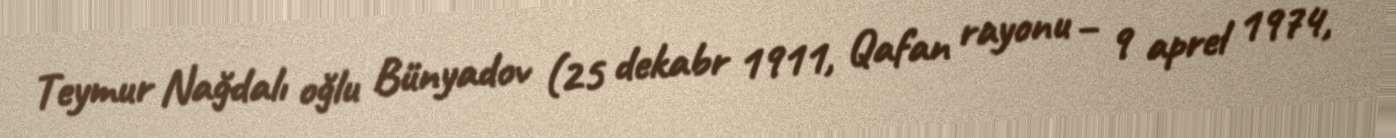
Teymur Nağdalı oğlu Bünyadov (25 dekabr 1911, Qafan rayonu – 9 aprel 1974,